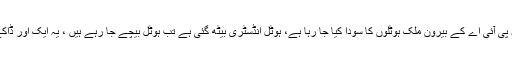
(ن) لیگی رہنما کا کہنا تھا کہ پی آئی اے کے بیرون ملک ہوٹلوں کا سودا کیا جا رہا ہے، ہوٹل انڈسٹری بیٹھ گئی ہے تب ہوٹل بیچے جا رہے ہیں ، یہ ایک اور ڈاکے کی تیاری کی جارہی ہے ۔